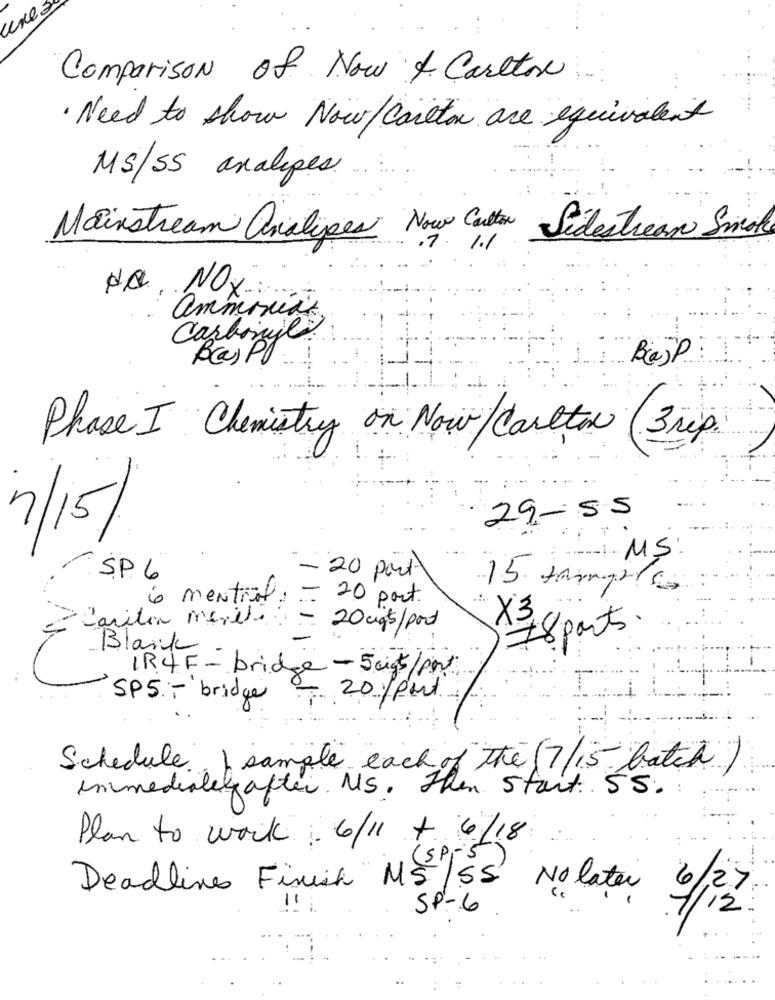
une
Comparison of Now & Carlton
· Need to show Now/ Canton are equivalent
MS/55 analipes
Mainstream analipes Now Conten Sides tream Smoke
NO, NOX
ammonia
Carbonyl
Bas Pl
Baj P
Phase I Chemistry on Now/Carlton (3rip.
29- 55
7/15/
-
:----- MS
SP. 6
20 port
15 tamgris
6 menthol : - 20 port.
Cariter meniti
-
X3
20 ug$/port
78 ports.
Blank
IR 4F - bridge - 5 cigs/port
SP5 - bridge
20 /port
Schedule
sample each of the (7/15 batch).
immediately after. MS. Then start. 55.
Plan to work 6/11 + 6/18
Deadlines Finish"MS/55
No later
6/27
SP-6
7/12
---